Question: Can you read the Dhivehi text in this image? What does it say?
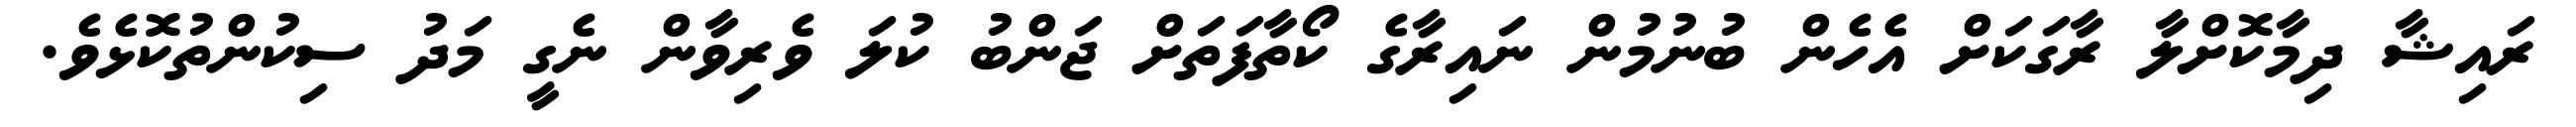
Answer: ރައިޝާ ދިމާކޮށްލާ ރާގަކަށް އެހެން ބުނުމުން ނައިރާގެ ކޯތާފަތަށް ޖަންބު ކުލަ ވެރިވާން ނެގީ މަދު ސިކުންތުކޮޅެވެ.